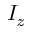
I _ { z }